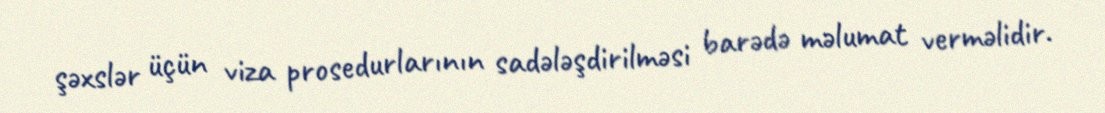
şəxslər üçün viza prosedurlarının sadələşdirilməsi barədə məlumat verməlidir.